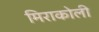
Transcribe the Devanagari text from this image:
मिराकोली